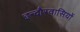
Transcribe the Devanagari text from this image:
इन्दौरवासियों